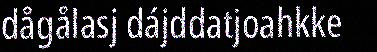
dågålasj dájddatjoahkke